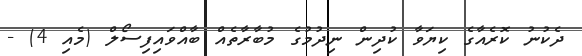
ދެކުނު ކޮރެއާގެ ކިޔަވާ ކުދިން ނިދުމުގެ މުބާރާތެއް ބާއްވައިިފިސޯލް (މެެއި 4) -